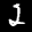
Label: 2